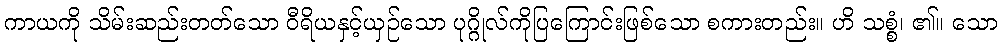
ကာယကို သိမ်းဆည်းတတ်သော ဝီရိယနှင့်ယှဉ်သော ပုဂ္ဂိုလ်ကိုပြကြောင်းဖြစ်သော စကားတည်း။ ဟိ သစ္စံ၊ ၏။ သော